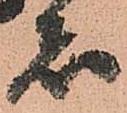
者